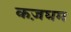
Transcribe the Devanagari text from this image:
कज़घम